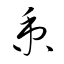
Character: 秉